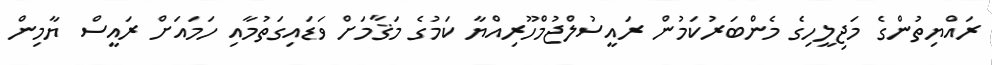
ރައްޔިތުންގެ މަޖިލީހިގެ މެންބަރުކަމުން ރައީސުލްޖުމްހޫރިއްޔާ ކަމުގެ މަޤާމަށް ވަޑައިގަތުމާއި ހަމައަށް ރައީސް ޔާމިން